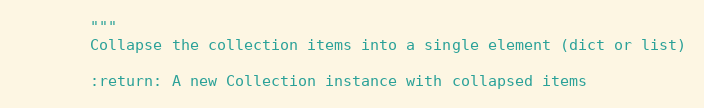
Language: Python
        """
        Collapse the collection items into a single element (dict or list)

        :return: A new Collection instance with collapsed items